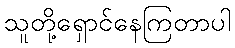
သူတို့ရှောင်နေကြတာပါ